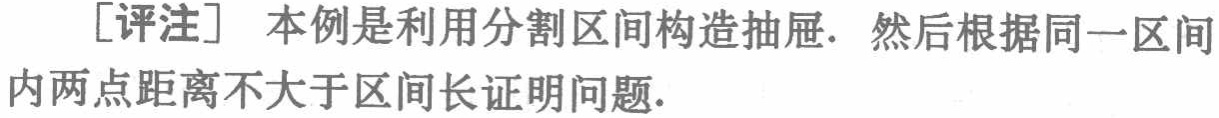
[评注] 本例是利用分割区间构造抽屉. 然后根据同一区间内两点距离不大于区间长证明问题.